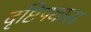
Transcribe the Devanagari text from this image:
दृष्टिपथास